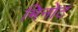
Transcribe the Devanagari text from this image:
मिनोट